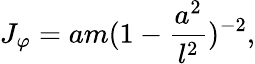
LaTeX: J_{\varphi}=am(1-\frac{a^{2}}{l^{2}})^{-2},